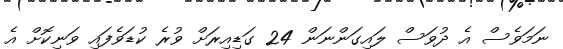
ނަމަވެސް އެ ދުވަސް ލައިގަންނަން 24 ގަޑިއިރަށް ވުރެ ކުޑަވެފައި ވަނިކޮށް އެ